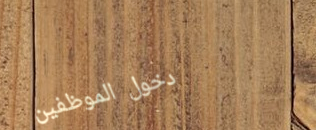
دخول الموظفين